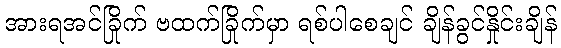
အားရအင်ခြိုက် ဗထက်ခြိုက်မှာ ရစ်ပါစေချင် ချိန်ခွင်နှိုင်းချိန်